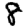
Digit: 8